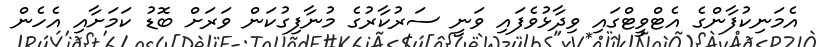
އެމަނިކުފާންގެ އެޓްވީޓްގައި ވިދާޅުވެފައި ވަނީ ސަރުކާރުގެ މުނާފިގުކަން ވަރަށް ބޮޑު ކަމަށާއި އެހެން